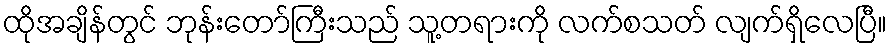
ထိုအချိန်တွင် ဘုန်းတော်ကြီးသည် သူ့တရားကို လက်စသတ် လျက်ရှိလေပြီ။